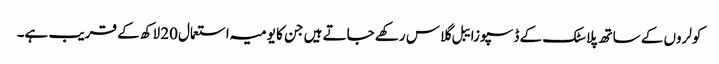
کولروں کے ساتھ پلاسٹک کے ڈسپوزایبل گلاس رکھے جاتے ہیں جن کا یومیہ استعمال20 لاکھ کے قریب ہے۔